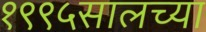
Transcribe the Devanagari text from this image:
१९९५सालच्या